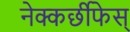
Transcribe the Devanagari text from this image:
नेक्कर्छीफेस्